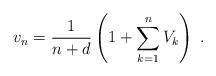
LaTeX: \begin{align*}v_n=\frac{1}{n+d} \left(1+\sum_{k=1}^nV_k\right)\; .\end{align*}